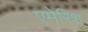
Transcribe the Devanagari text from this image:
एमेरिश